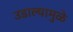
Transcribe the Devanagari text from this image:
उडाल्यामुळे